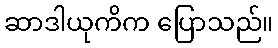
ဆာဒါယုကိက ပြောသည်။